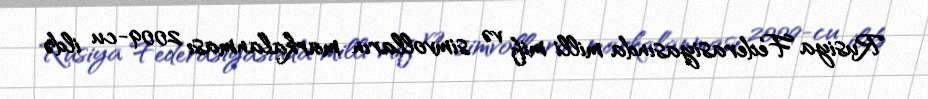
Rusiya Federasiyasında milli mif və simvolların markalanması 2009-cu ildə